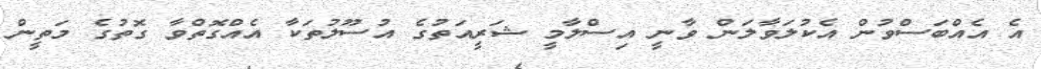
އެ އެއްބަސްވުން އެކުލަވާލަން ވާނީ އިސްލާމީ ޝަރީއަތުގެ އުސޫލުތަކާ އެއްގޮތްވާ ގޮތުގެ މަތީން